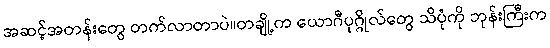
အဆင့်အတန်းတွေ တက်လာတာပဲ။တချို့က ယောဂီပုဂ္ဂိုလ်တွေ သိပုံကို ဘုန်းကြီးက